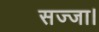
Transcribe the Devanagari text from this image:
सज्जा।